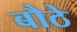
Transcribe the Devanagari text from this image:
बौठे